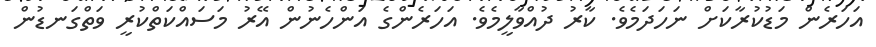
އަހަރެން މަޑުކުރާކަށް ނަހަދަމެވެ. ކާރު ދުއްވާލީމެވެ. އަހަރެންގެ އަންހެނުން އޭރު މަސައްކަތްކުރީ ވަތްގަނޑުން